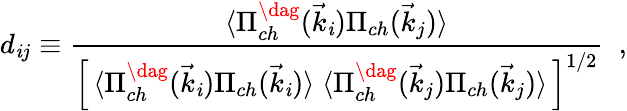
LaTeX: d_{\mathit{i}j}\equiv{\frac{{\langle\Pi_{ch}^{\dag}(\vec{{k}}_{\mathit{i}})\Pi_{ch}(\vec{{k}}_{j})\rangle}}{{\left[\, \langle\Pi_{ch}^{\dag}(\vec{{k}}_{\mathit{i}})\Pi_{ch}(\vec{{k}}_{\mathit{i}})\rangle\; \langle\Pi_{ch}^{\dag}(\vec{{k}}_{j})\Pi_{ch}(\vec{{k}}_{j})\rangle\, \right]^{1/2}}}}\ \; ,